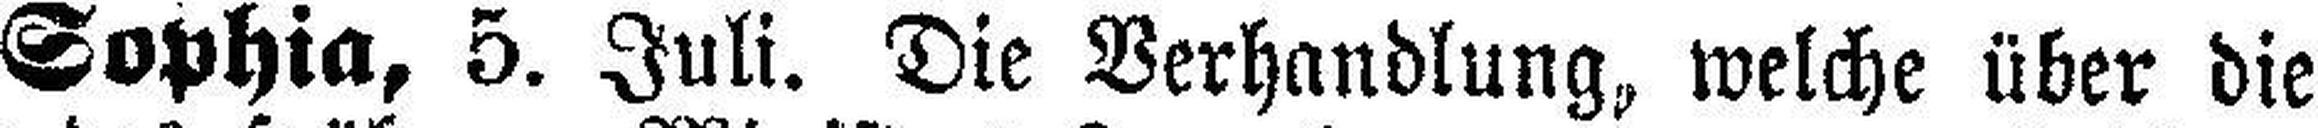
Sophia, 5. Juli. Die Verhandlung, welche über die